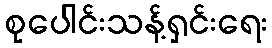
စုပေါင်းသန့်ရှင်းရေး